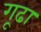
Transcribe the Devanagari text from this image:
गूढा